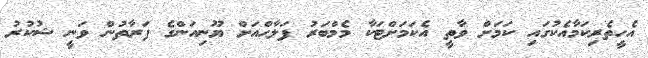
އެހީތެރިކަމާއެކުގައި ކަމަށް ވާތީ އެކަމަށްޓަކާ މެމްބަރު ފަލާޙްއަށް ޔޫނިއަންގެ ފަރާތުން ވަނީ ޝުކުރު